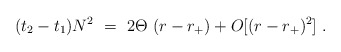
\begin{align*}(t_2-t_1) N^2~=~2\Theta~(r-r_+) + O [(r-r_+)^2]~.\end{align*}